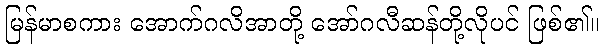
မြန်မာစကား အောက်ဂလိအာတို့ အော်ဂလီဆန်တို့လိုပင် ဖြစ်၏။